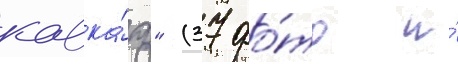
кавка́з" (37 фо́то и́